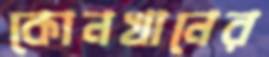
কোনখানের